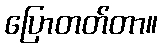
ပြောတတ်တာ။